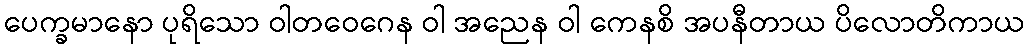
ပေက္ခမာနော ပုရိသော ဝါတဝေဂေန ဝါ အညေန ဝါ ကေနစိ အပနီတာယ ပိလောတိကာယ